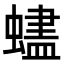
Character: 𬠨